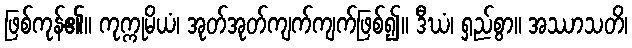
ဖြစ်ကုန်၏။ ကုက္ကုမိယံ၊ အုတ်အုတ်ကျက်ကျက်ဖြစ်၍။ ဒီဃံ၊ ရှည်စွာ။ အဿာသတိ၊